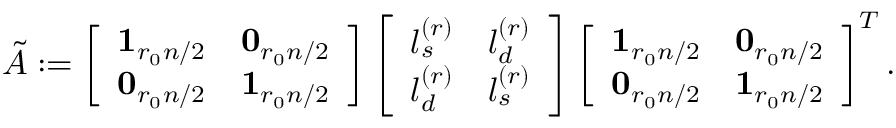
\begin{array} { r } { \tilde { A } : = \left[ \begin{array} { l l } { \mathbf { 1 } _ { r _ { 0 } n / 2 } } & { \mathbf { 0 } _ { r _ { 0 } n / 2 } } \\ { \mathbf { 0 } _ { r _ { 0 } n / 2 } } & { \mathbf { 1 } _ { r _ { 0 } n / 2 } } \end{array} \right] \left[ \begin{array} { l l } { l _ { s } ^ { ( r ) } } & { l _ { d } ^ { ( r ) } } \\ { l _ { d } ^ { ( r ) } } & { l _ { s } ^ { ( r ) } } \end{array} \right] \left[ \begin{array} { l l } { \mathbf { 1 } _ { r _ { 0 } n / 2 } } & { \mathbf { 0 } _ { r _ { 0 } n / 2 } } \\ { \mathbf { 0 } _ { r _ { 0 } n / 2 } } & { \mathbf { 1 } _ { r _ { 0 } n / 2 } } \end{array} \right] ^ { T } . } \end{array}